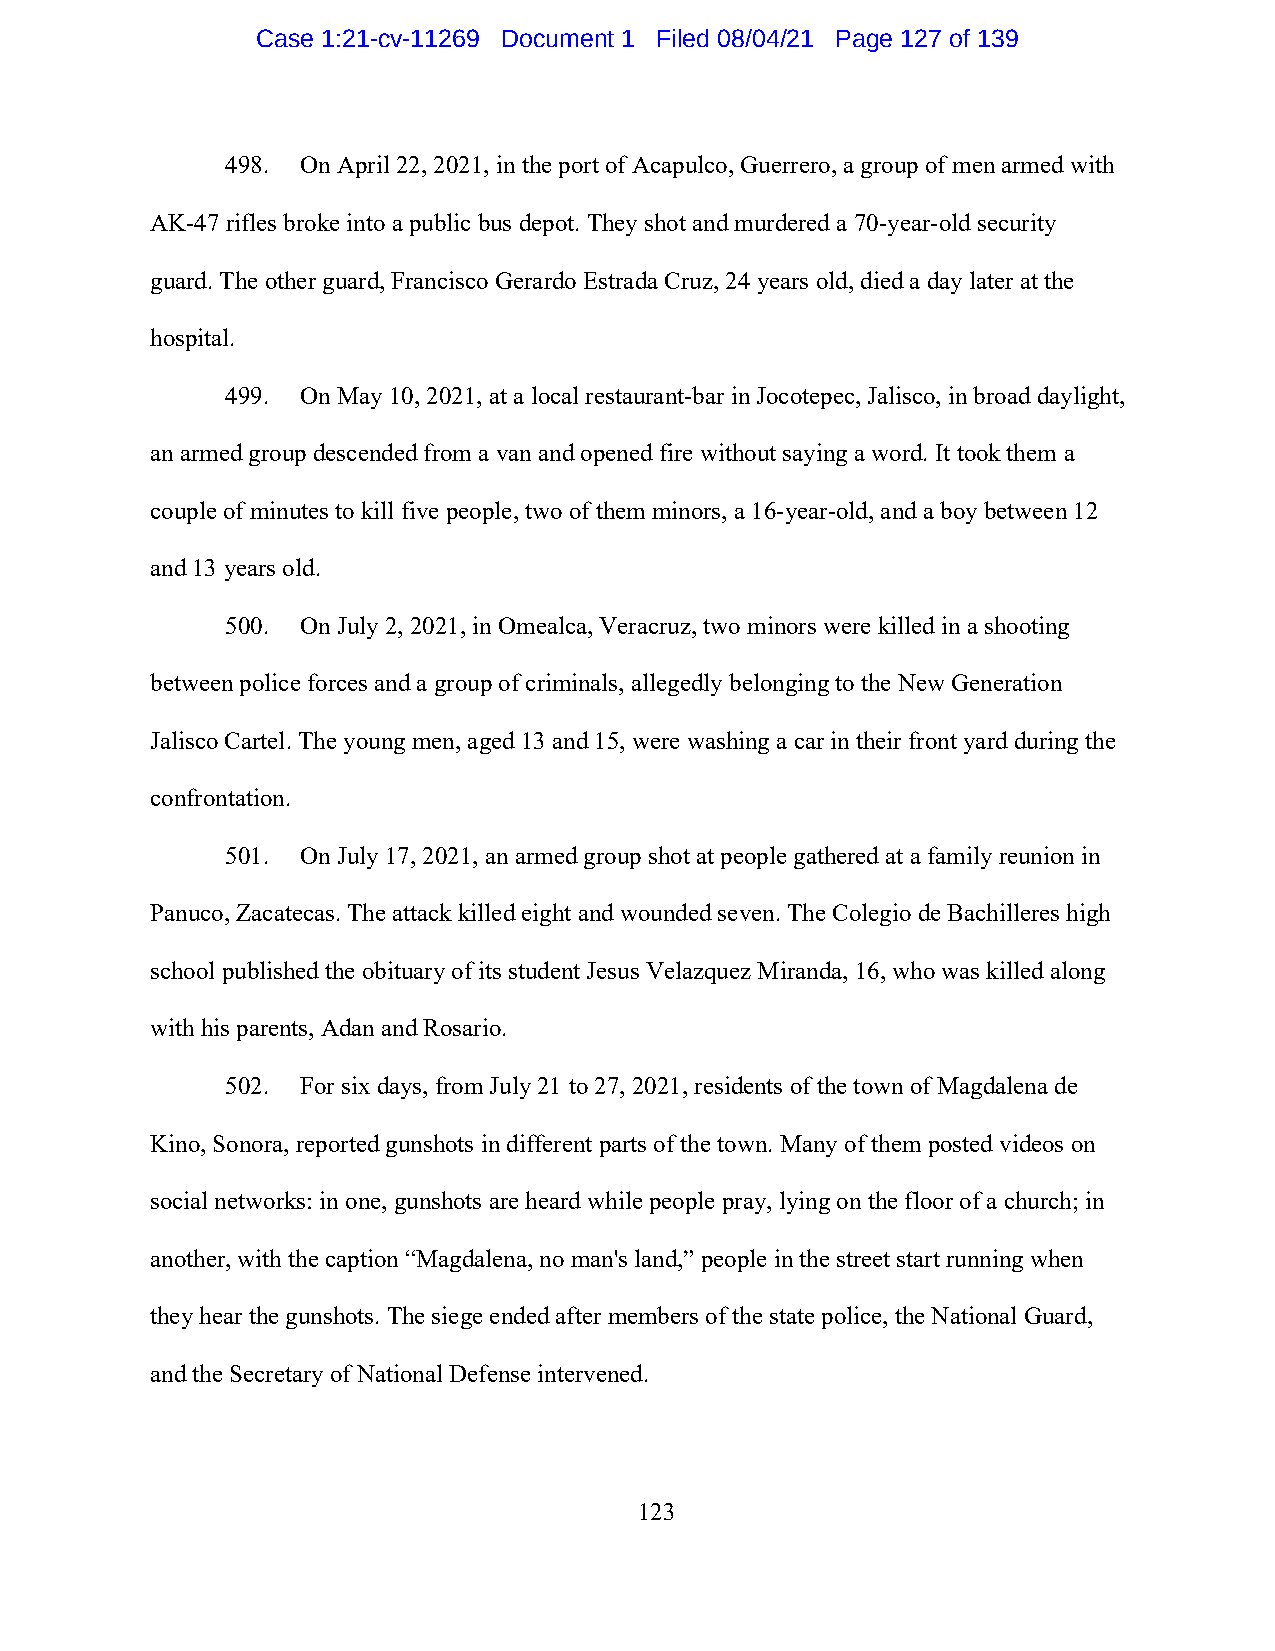
Case 1:21-cv-11269 Document 1 Filed 08/04/21 Page 127 of 139
 498. On April 22, 2021, in the port of Acapulco, Guerrero, a group of men armed with
 AK-47 rifles broke into a public bus depot. They shot and murdered a 70-year-old security
 guard. The other guard, Francisco Gerardo Estrada Cruz, 24 years old, died a day later at the
 hospital.
 499. On May 10, 2021, at a local restaurant-bar in Jocotepec, Jalisco, in broad daylight,
 an armed group descended from a van and opened fire without saying a word. It took them a
 couple of minutes to kill five people, two of them minors, a 16-year-old, and a boy between 12
 and 13 years old.
 500. On July 2, 2021, in Omealca, Veracruz, two minors were killed in a shooting
 between police forces and a group of criminals, allegedly belonging to the New Generation
 Jalisco Cartel. The young men, aged 13 and 15, were washing a car in their front yard during the
 confrontation.
 501. On July 17, 2021, an armed group shot at people gathered at a family reunion in
 Panuco, Zacatecas. The attack killed eight and wounded seven. The Colegio de Bachilleres high
 school published the obituary of its student Jesus Velazquez Miranda, 16, who was killed along
 with his parents, Adan and Rosario.
 502. For six days, from July 21 to 27, 2021, residents of the town of Magdalena de
 Kino, Sonora, reported gunshots in different parts of the town. Many of them posted videos on
 social networks: in one, gunshots are heard while people pray, lying on the floor of a church; in
 another, with the caption “Magdalena, no man's land,” people in the street start running when
 they hear the gunshots. The siege ended after members of the state police, the National Guard,
 and the Secretary of National Defense intervened.
 123